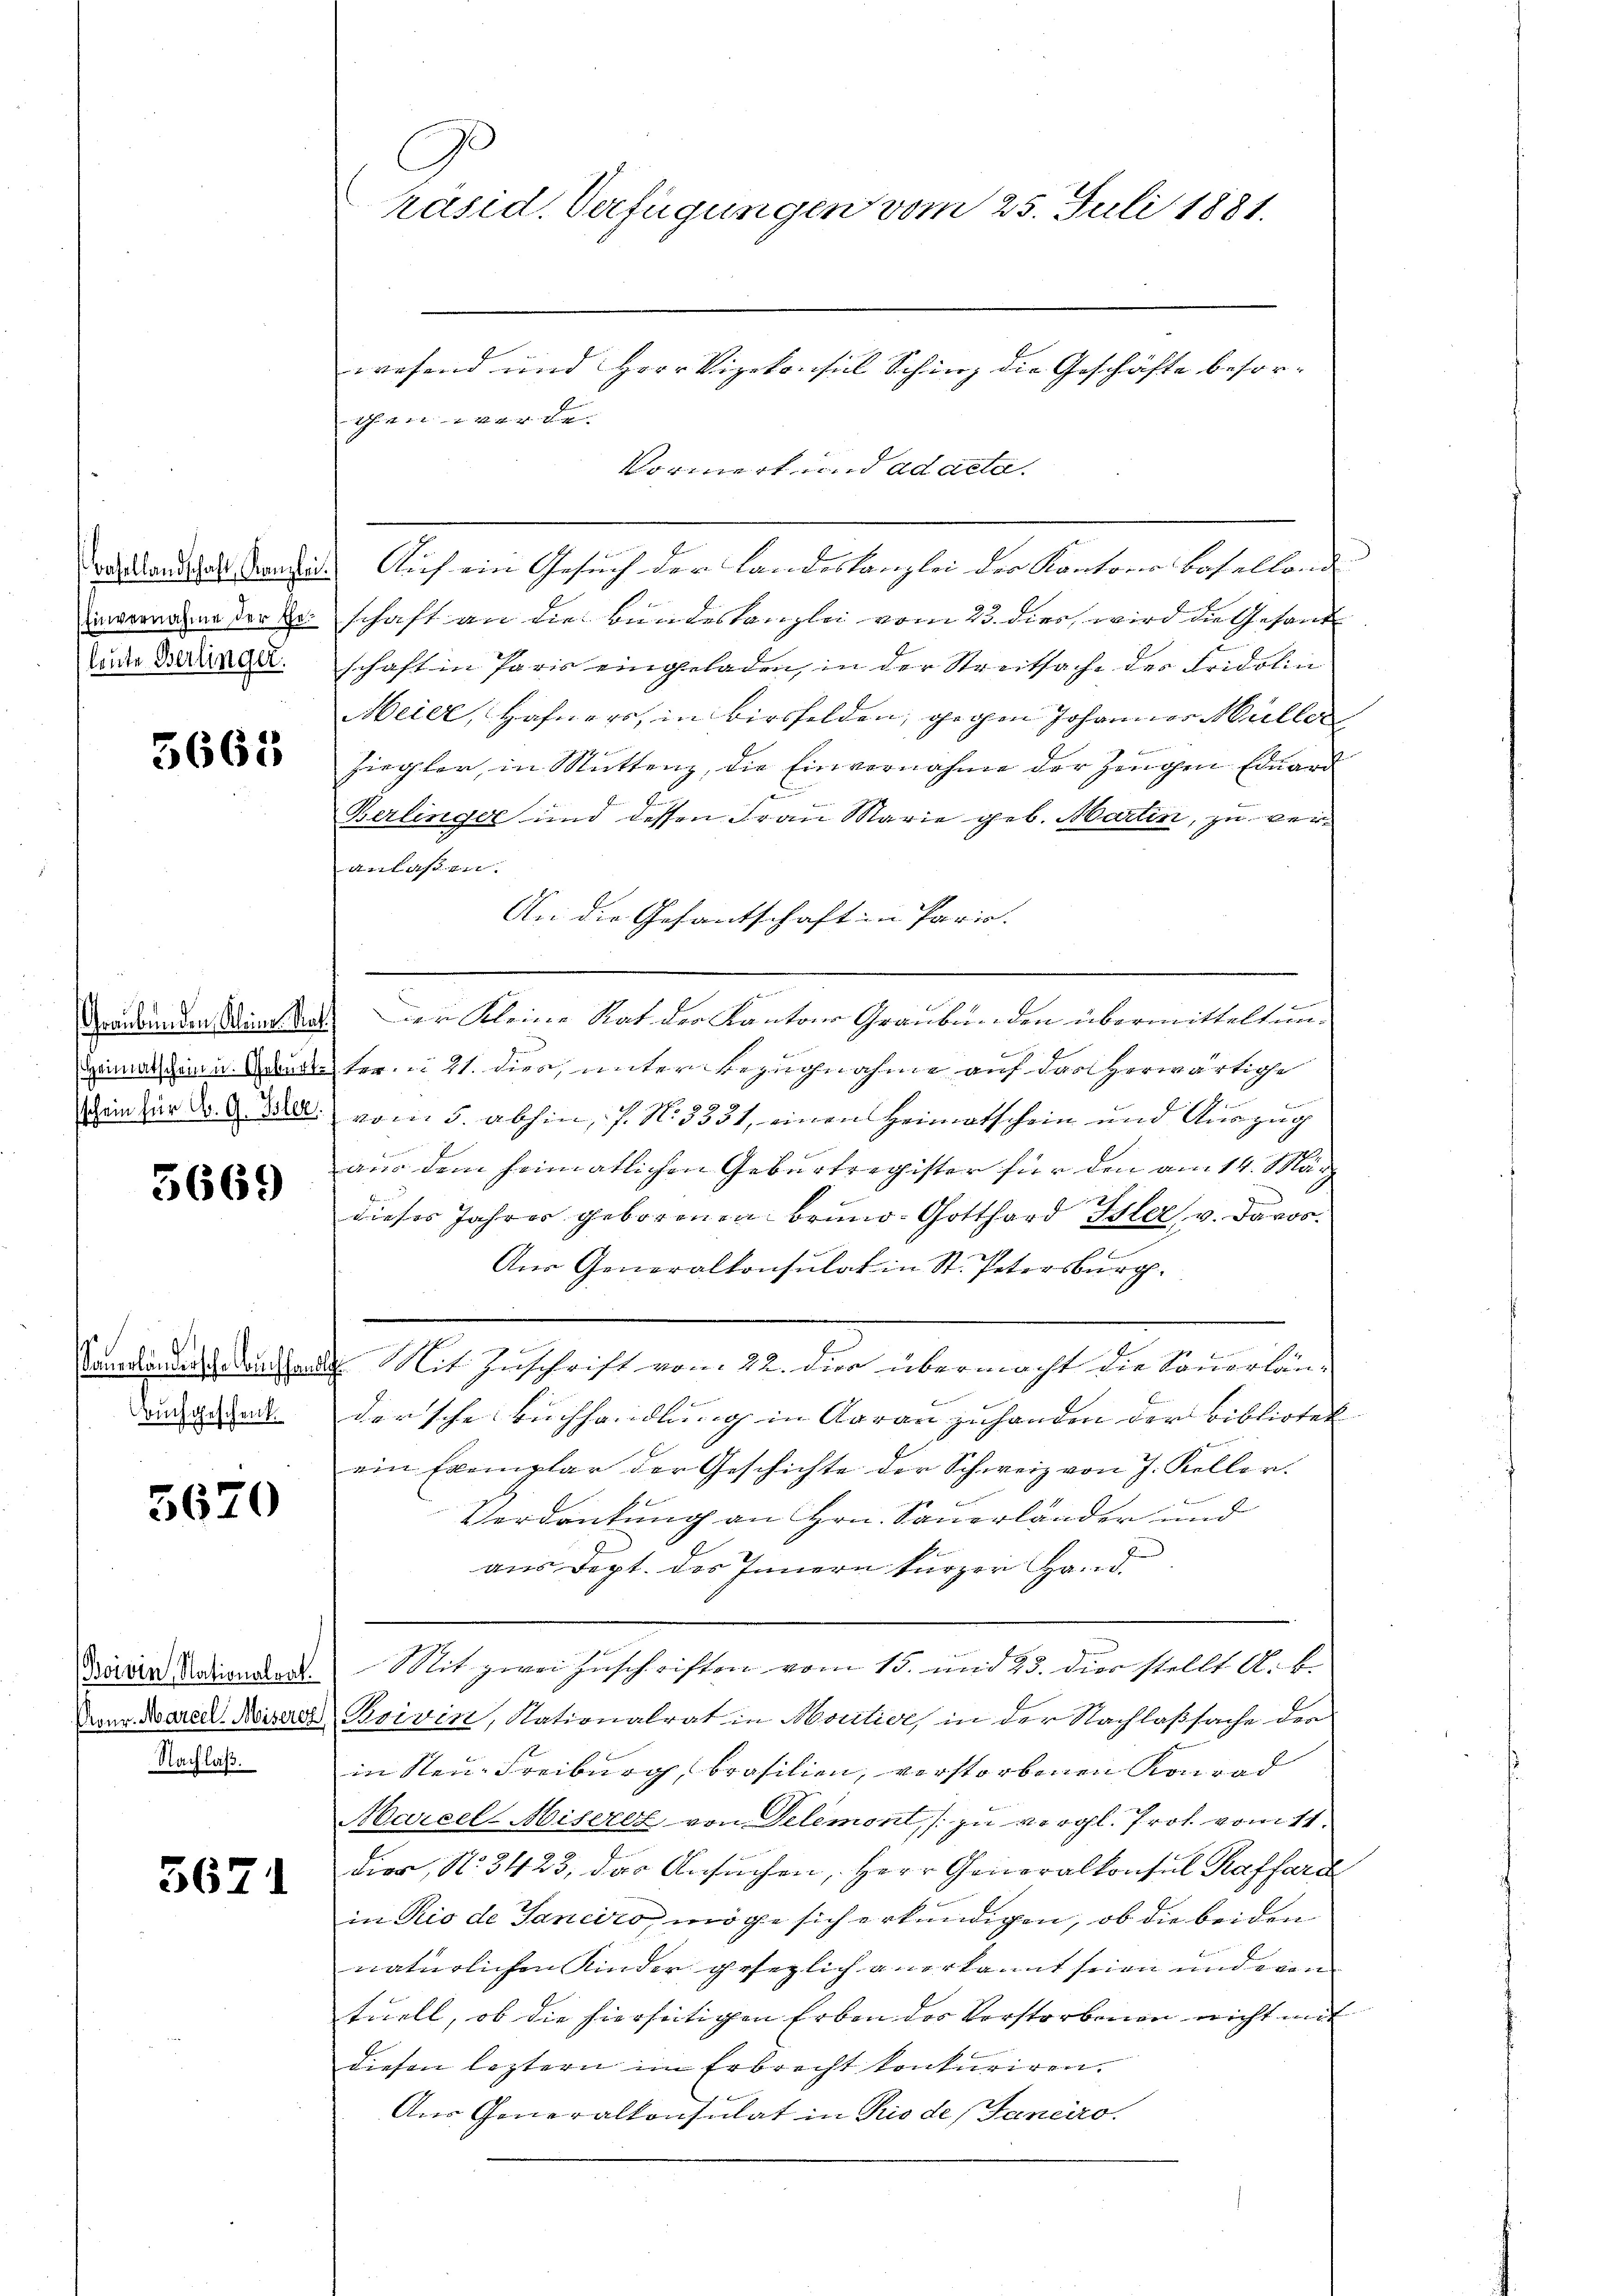
leute Berlinger.

5668

5669

Buchgeschenk.

5670

Nachlaß.

3671

räsid. Verfügungen vom 25. Juli 1881.

wesend und Herr Vizekonsul Schinz die Geschäfte besor¬
Schon ein vor de
Vormerk und ad acta.
vorhandes Kanze Auf ein Gesuch der Landeskanzlei der Kantons Baselland
maromauer der schaft an die Bundeskanzlei vom 23. dies, wird die Gesand
schaft in Paris eingeladen, in der Streitsache der Fridolin
Meier, Hafners, in Birsfelden, gegen Johannes Müller
Ziegler, in Muttenz, die Einvernahme der Zeugen Eduard
Berlinger und dessen Frau Marie geb. Martin, zu ver¬
Anlassen.
An die Gesantschaft in Paris.
Krankinden Sinn dass der Kleine Rat der Kantons Graubünden übermitteltun¬
Heimal gen u. Bunde her u. 21. dies, unter Bezugnahme auf das herwärtige
2
dein zur Dr. G. B. vom 5. abhin, s. N. 5351, einen Heimatschein und Auszug
aus dem heimatlichen Geburtregister für den am 14. März
2
dieses Jahres geborenen Brund-Gotthard Isler, v. Davos.
An Generalkonsulat in St. Petersburg.
Camations Nacht. Mit Zuschrift von 22. die übermacht die Sauerländersche Buchhandlung in Aarau zuhanden der Bibliotek
ein Exemplar der Geschichte der Schweiz von J. Keller.
Verdankung an Hrn. Sauerländer und
aus Dept. des Innern kurzer Hand.
Mair Antweder Mit zwei Zuschriften vom 15. und 23. dies stellt A. B.
Vom Wared Messeres Privin, Nationalrat in Moutier, in der Nachlaßsache der
in Neue Freiburg, Brasilien, verstorbenen Konrad
Marcele Miserez von Delemont, zu vergl. Prot vom 11.
dier, N. 3423, das Ansuchen, Herr Generalkonsul Raffarc
in Rio de Janeiro möge sich erkundigen, ob die beiden
natürlichen Kinder gesezlich anerkannt seien und even
tuell, ob die hierseitigen Erben des Verstorbenen nicht mit
diesen leztern im Erbrecht konkuriren.
Aus Generalkonsulat in Rio de (Tanciro.